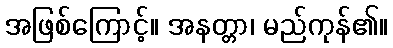
အဖြစ်ကြောင့်။ အနတ္တာ၊ မည်ကုန်၏။